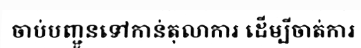
ចាប់បញ្ជូនទៅកាន់តុលាការ ដើម្បីចាត់ការ